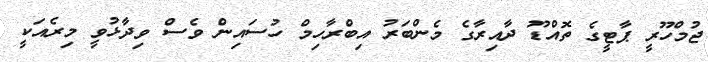
ޖުމްހޫރީ ޕާޓީގެ ތޮއްޑޫ ދާއިރާގެ މެންބަރު އިބްރާހިމް ހުސައިން ވެސް ވިދާޅުވީ މިރެއަކީ